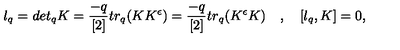
l _ { q } = d e t _ { q } K = \frac { - q } { [ 2 ] } t r _ { q } ( K K ^ { \epsilon } ) = \frac { - q } { [ 2 ] } t r _ { q } ( K ^ { \epsilon } K ) \quad , \quad [ l _ { q } , K ] = 0 ,